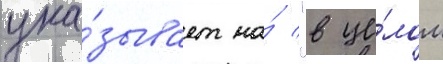
ука́зывает на́ "в це́лом